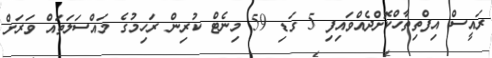
ރައީސް އިފްތިތާހްކޮށްދެއްވައިފި 5 ގަޑި 59 މިނެޓް ކުރިން ރަހިމުގެ މައްސަލަތައް ވަރަށް